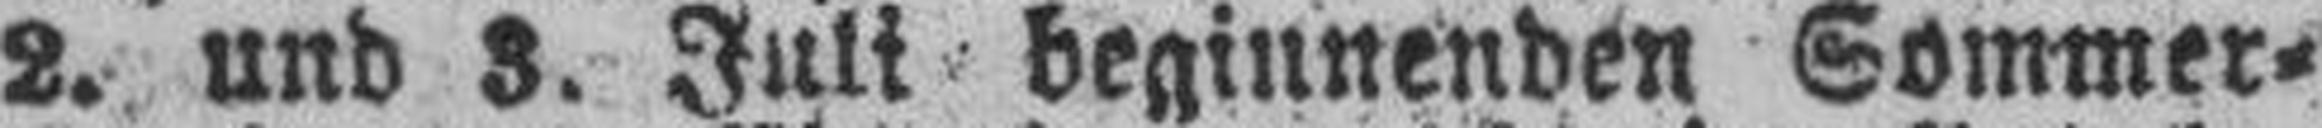
2. und 3. Juli beginnenden Sommer=